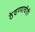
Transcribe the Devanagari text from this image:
ठेवण्याचीही